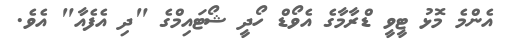
އެންމެ މޮޅު ޓީވީ ޑްރާމާގެ އެވޯޑް ހޯދީ ޝޯޓައިމްގެ "ދި އެފެއާ" އެވެ.